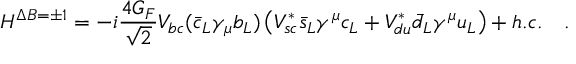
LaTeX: H ^ { \Delta B = \pm 1 } = - i \frac { 4 G _ { F } } { \sqrt { 2 } } V _ { b c } ( { \bar { c } _ { L } } \gamma _ { \mu } b _ { L } ) \left( V _ { s c } ^ { * } { \bar { s } _ { L } } \gamma ^ { \mu } c _ { L } + V _ { d u } ^ { * } { \bar { d } _ { L } } \gamma ^ { \mu } u _ { L } \right) + h . c . ~ ~ ~ .